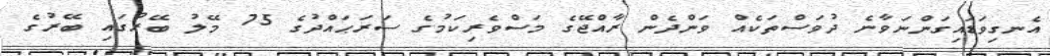
އެނގިވަޑައިގަންނަވާނެ ދުވަސްތަކެއް ވަންދެން ރާއްޖޭގެ މަސްވެރިކަމުގެ ސަރަޙައްދުގެ 75 މޭލު ބޭރުގައި ބޭރުގެ